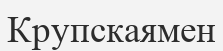
Крупскаямен